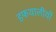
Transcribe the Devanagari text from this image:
हफथालीयों